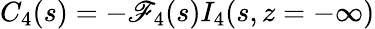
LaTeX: C_{4}(s)=-\mathscr{F}_{4}(s)I_{4}(s,z=-\infty)